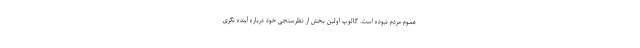
عموم مردم نبوده است. گالوپ اولین بخش از نظرسنجی خود درباره آینده نگری